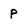
Character: p